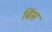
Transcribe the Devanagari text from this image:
बिंस